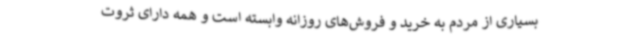
بسیاری از مردم به خرید و فروش‌های روزانه وابسته است و همه دارای ثروت